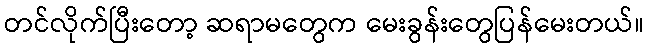
တင်လိုက်ပြီးတော့ ဆရာမတွေက မေးခွန်းတွေပြန်မေးတယ်။